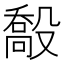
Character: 𣪽